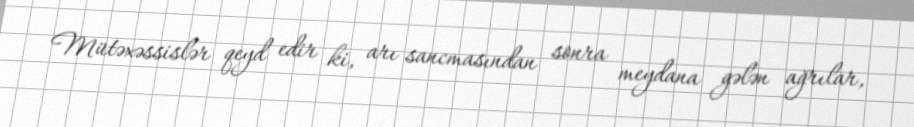
Mütəxəssislər qeyd edir ki, arı sancmasından sonra meydana gələn ağrılar,